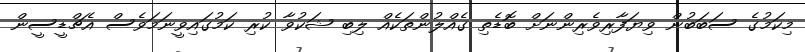
މިކަމުގެ ސަބަބުން ވިޔަފާރިވެރިންނަށް ބޮޑެތި ގެއްލުންތަކެއް ލިބި ޝަކުވާ ކުރި ކަމުގައިވީނަމަވެސް އެޗްޑީސީން